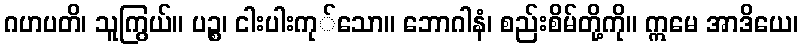
ဂဟပတိ၊ သူကြွယ်။ ပဉ္စ၊ ငါးပါးကု်သော။ ဘောဂါနံ၊ စည်းစိမ်တို့ကို။ ဣမေ အာဒိယေ၊